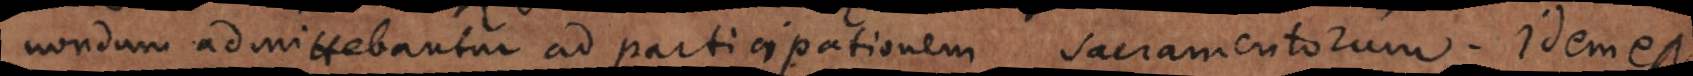
nondum admittebantur ad participationem sacramentorum. Idem es